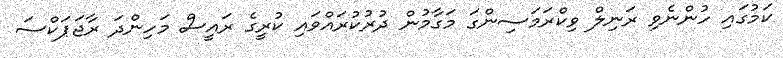
ކަމުގައި ހުންނެވި ރަނިލް ވިކްރަމަސިންގަ މަގާމުން ދުރުކުރައްވައި ކުރީގެ ރައީސް މަހިންދަ ރާޖަޕަކްސަ